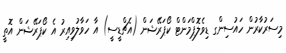
މިސަރުކާރުން ހައުސިންގ ޑިވެލޮޕްމަންޓް ކޯޕަރޭޝަން (އެޗްޑީސީ) އާ ހަވާލުވިއިރު އެ ކޯޕަރޭޝަން އޮތީ